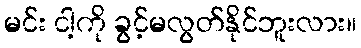
မင်း ငါ့ကို ခွင့်မလွတ်နိုင်ဘူးလား။